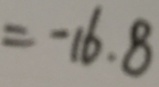
= - 1 6 . 8